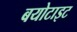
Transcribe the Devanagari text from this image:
बयोटाइट